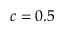
c = 0 . 5